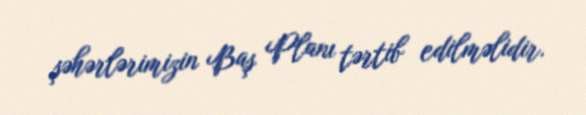
şəhərlərimizin Baş Planı tərtib edilməlidir.